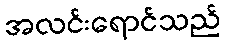
အလင်းရောင်သည်